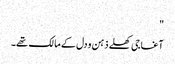
"
آغا جی کھلے ذہن و دل کے مالک تھے۔